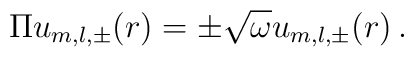
\Pi u_{m,l,\pm }(r)=\pm \sqrt{\omega }u_{m,l,\pm }(r)\,.